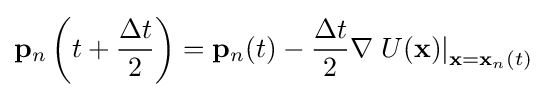
\mathbf {p} _{n}\left(t+{\dfrac {\Delta t}{2}}\right)=\mathbf {p} _{n}(t)-{\dfrac {\Delta t}{2}}\nabla \left.U(\mathbf {x} )\right|_{\mathbf {x} =\mathbf {x} _{n}(t)}